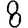
Digit: 8